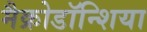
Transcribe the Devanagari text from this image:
मैक्रोडॉन्शिया